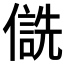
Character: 𪝮